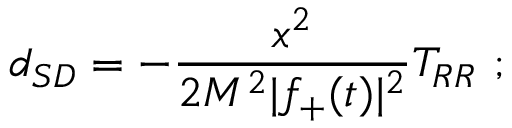
d _ { S D } = - \frac { x ^ { 2 } } { 2 M ^ { 2 } | f _ { + } ( t ) | ^ { 2 } } T _ { R R } \ ;